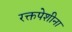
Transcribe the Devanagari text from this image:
रक्तपेशीना